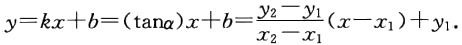
\(y = kx + b = (\tan\alpha)x + b=\frac{y_2 - y_1}{x_2 - x_1}(x - x_1)+y_1\)